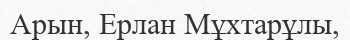
Арын, Ерлан Мұхтарұлы,